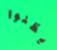
يظنوا